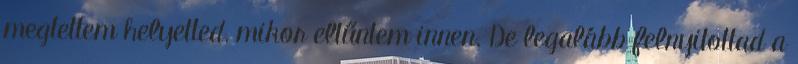
megtettem helyetted, mikor eltűntem innen. De legalább felnyitottad a